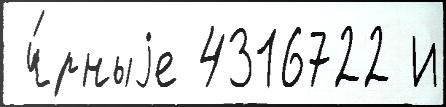
 ч́рныjе 4316722 И